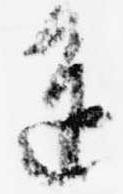
進